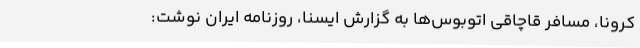
کرونا، مسافر قاچاقی اتوبوس‌ها به گزارش ایسنا، روزنامه ایران نوشت: